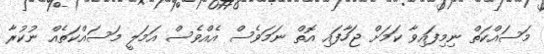
މަސައްކަތް ނިމިފައިވާ ކަމަށް ޖަހާފައި އޮތް ނަމަވެސް އެއްވެސް އަމަލީ މަސައްކަތެއް ނުކުރާ